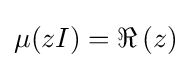
\mu (zI)=\Re \,(z)